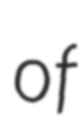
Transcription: of